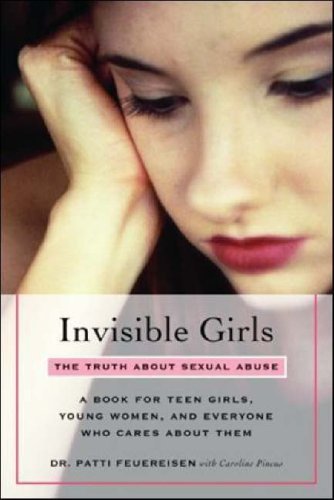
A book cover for Invisible Girls: The Truth about Sexual Abuse; Patti Feuereisen; Teen & Young Adult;